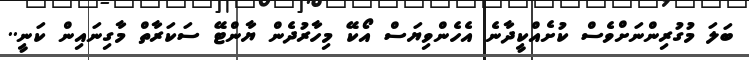
ބަލަ މުގުރިންނަށްވެސް ކުށެއްކީދާނެ އެހެންވިޔަސް އޯކޭ މިހާރުދެން ޔާންޓޭ ސަކަރާތް މާގިނައިން ކަނީ..